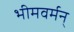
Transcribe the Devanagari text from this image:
भीमवर्मन्